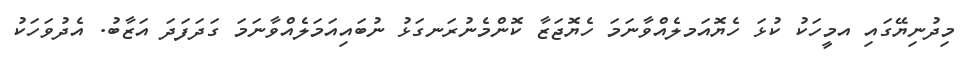
މިދުނިޔޭގައި އމީހަކު ކުޅަ ހެޔޮއަމލެއްވާނަމަ ހެޔޮޖަޒާ ކޮންމެނުރަނގަޅު ނުބައިއަމަލެއްވާނަމަ ގަދަފަދަ އަޒާބު. އެދުވަހަކު